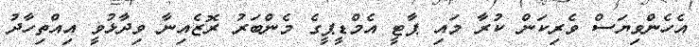
އެހެންވިޔަސް ވެރިކަން ކުރާ މައި ޕާޓީ އެމްޑީޕީގެ މެންބަރު ރޮޒެއިނާ ވިދާޅުވީ އިއްތިހާދު